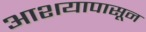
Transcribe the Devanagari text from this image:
आशयापासून